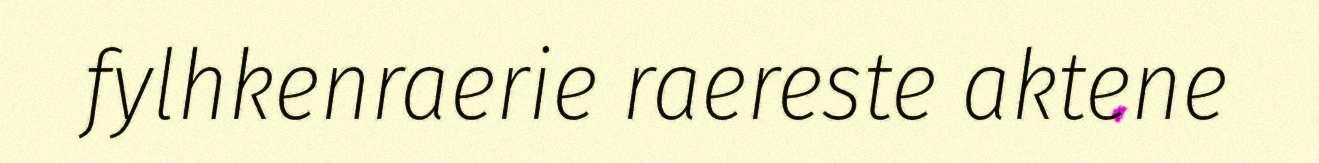
fylhkenraerie raereste aktene